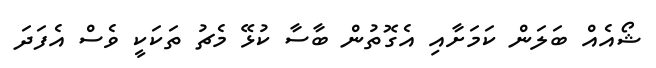
ޝޯއެއް ބަލަން ކަމަށާއި އެގޮތުން ބާސާ ކުޅޭ މެޗު ތަކަކީ ވެސް އެފަދަ